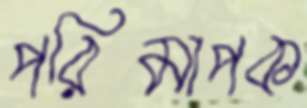
পরিমাপক